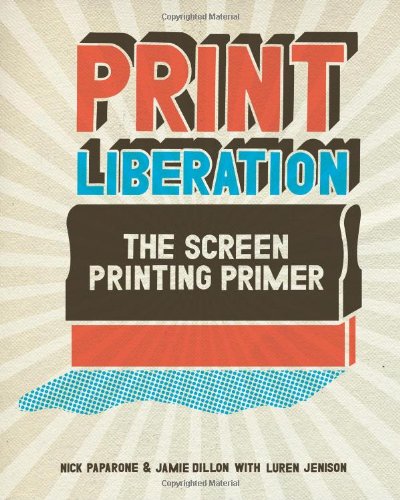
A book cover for Print Liberation: The Screen Printing Primer; Nick Paparone; Arts & Photography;